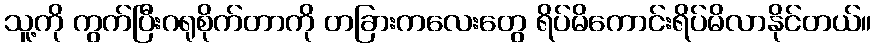
သူ့ကို ကွက်ပြီးဂရုစိုက်တာကို တခြားကလေးတွေ ရိပ်မိကောင်းရိပ်မိလာနိုင်တယ်။